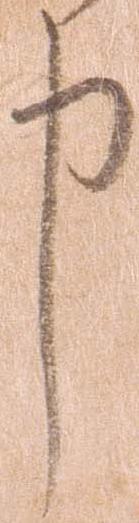
申